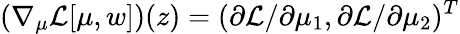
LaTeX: (\nabla_{\mu}\mathcal{L}[\mu,w])(z)=(\partial\mathcal{L}/\partial\mu_{1},\partial\mathcal{L}/\partial\mu_{2})^{T}